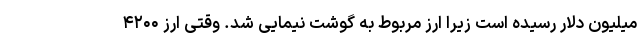
میلیون دلار رسیده است زیرا ارز مربوط به گوشت نیمایی شد. وقتی ارز ۴۲۰۰